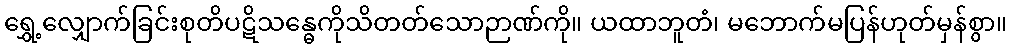
ရွှေ့လျှောက်ခြင်းစုတိပဋိသန္ဓေကိုသိတတ်သောဉာဏ်ကို။ ယထာဘူတံ၊ မဘောက်မပြန်ဟုတ်မှန်စွာ။